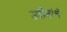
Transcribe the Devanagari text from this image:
उद्दीष्टांचे